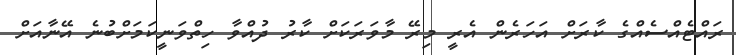
ރައްޓެއްސެއްގެ ކާރަށް އަހަރެން އެރީ މިރޭ މާވަރަކަށް ކާރު ދުއްވާ ހިތްވަނީކަމަށްބުނެ އޭނާއަށް